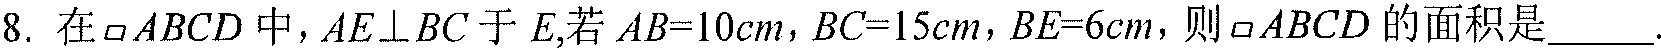
8. 在$\square ABCD$中，$AE\perp BC$于$E$,若$AB = 10cm$，$BC = 15cm$，$BE = 6cm$，则$\square ABCD$的面积是______.